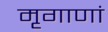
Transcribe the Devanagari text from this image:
मृगाणां